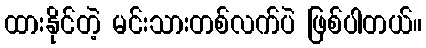
ထားနိုင်တဲ့ မင်းသားတစ်လက်ပဲ ဖြစ်ပါတယ်။